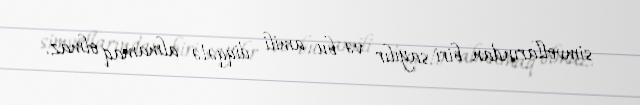
simvollarından biri sayılır və bu amili diqqətə almamaq olmaz.